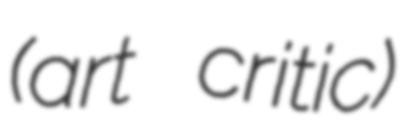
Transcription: (art critic)